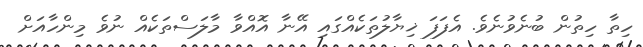
ހިތާ ހިތުން ބުނެވުނެވެ. އެފަފަ ޚިޔާލުތަކެއްގައި އޭނާ އޮއްވާ މާލަސްތަކެއް ނުވެ މިންހާއަށް